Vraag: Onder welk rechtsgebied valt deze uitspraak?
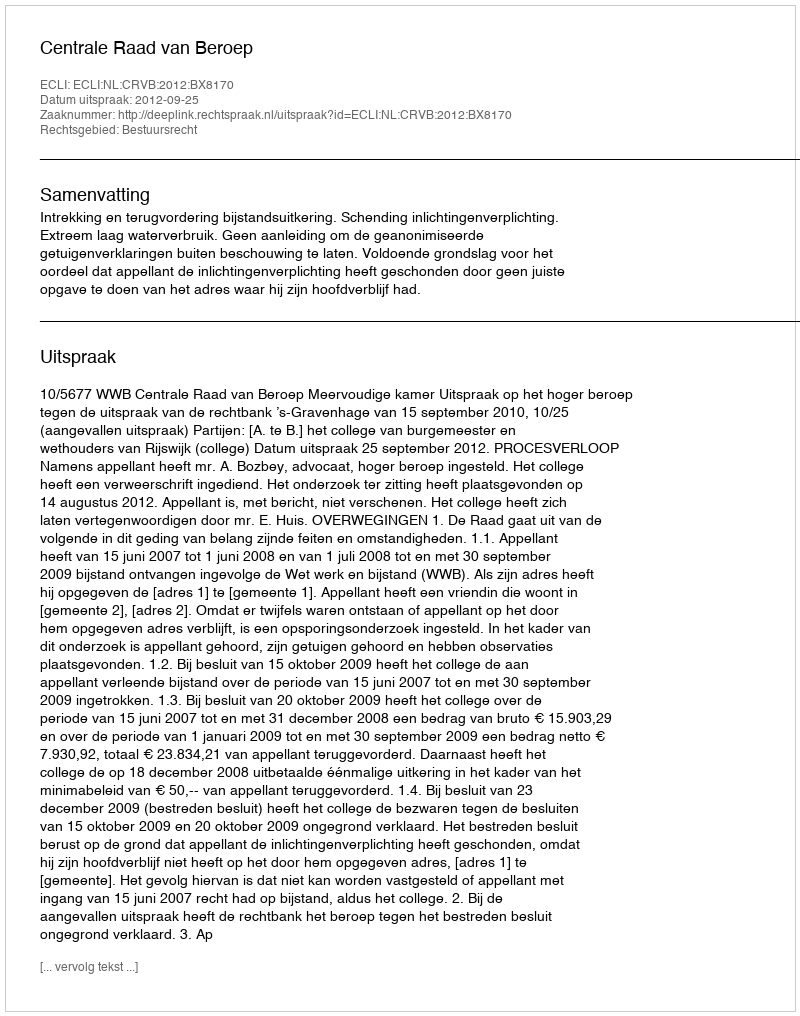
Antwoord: Bestuursrecht